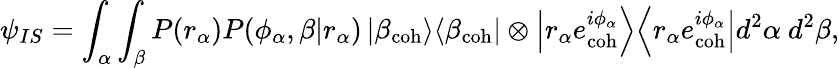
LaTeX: \psi_{IS}=\int_{\alpha}\int_{\beta}P(r_{\alpha})P(\phi_{\alpha},\beta|r_{\alpha})\left|\beta_{\mathrm{coh}}\middle>\middle<\beta_{\mathrm{coh}}\right|\otimes\left|r_{\alpha}e_{\mathrm{coh}}^{i\phi_{\alpha}}\middle>\middle<r_{\alpha}e_{\mathrm{coh}}^{i\phi_{\alpha}}\right|d^{2}\alpha~d^{2}\beta,